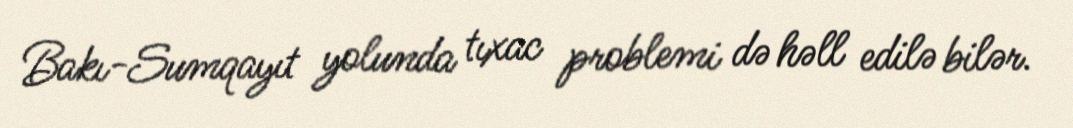
Bakı-Sumqayıt yolunda tıxac problemi də həll edilə bilər.